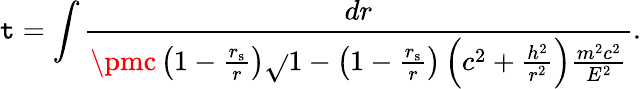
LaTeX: \mathtt{t}=\int{\frac{{dr}}{{\pmc\left(1-{\frac{{r_{\mathrm{{{s}}}}}}{{r}}}\right){\sqrt{}{{1-\left(1-{\frac{{r_{\mathrm{{{s}}}}}}{{r}}}\right)\left(c^{2}+{\frac{{h^{2}}}{{r^{2}}}}\right){\frac{{m^{2}c^{2}}}{{E^{2}}}}}}}}}}.